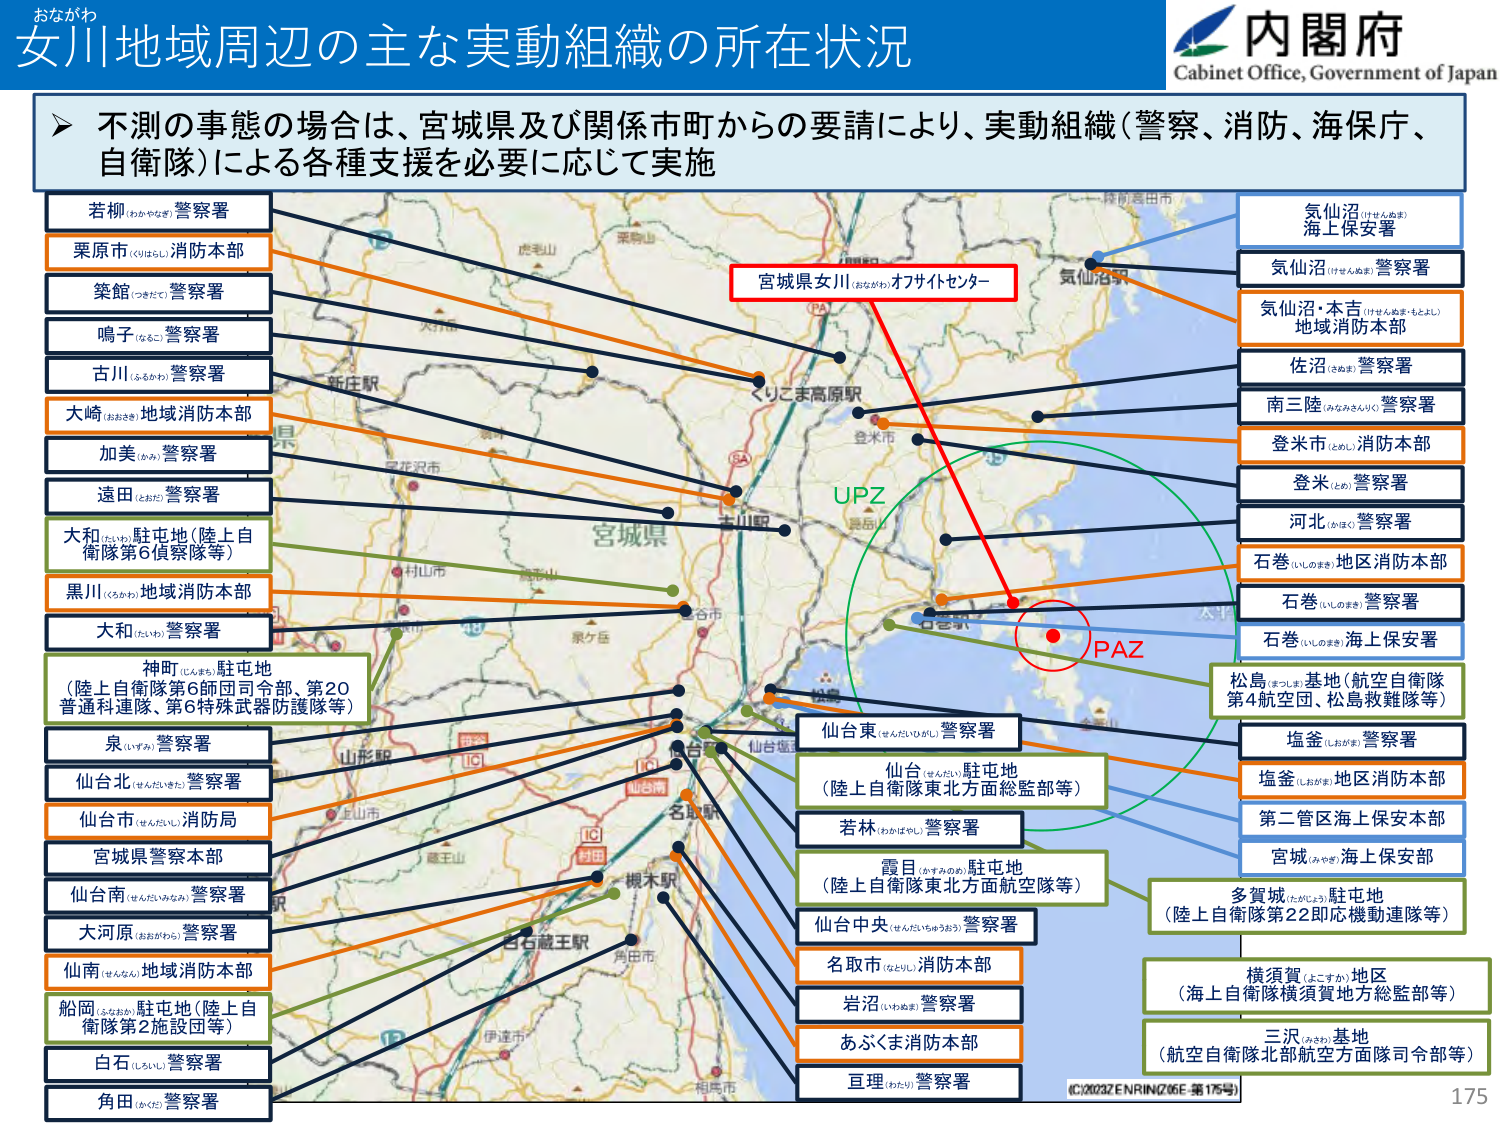
おながわ
女川地域周辺の主な実動組織の所在状況
内閣府
Cabinet Office, Government of Japan

不測の事態の場合は、宮城県及び関係市町からの要請により、実動組織（警察、消防、海保庁、自衛隊）による各種支援を必要に応じて実施

若柳（わかやなぎ）警察署
栗原市（くりはらし）消防本部
築館（つきだて）警察署
鳴子（なこ）警察署
古川（ふるかわ）警察署
大崎（おおさき）地域消防本部
加美（かみ）警察署
遠田（とおた）警察署
大和（たいわ）駐屯地（陸上自衛隊第6偵察隊等）
黒川（くろかわ）地域消防本部
大和（たいわ）警察署
神町（じんまち）駐屯地（陸上自衛隊第6師団司令部、第20普通科連隊、第6特殊武器防護隊等）
泉（いずみ）警察署
仙台北（せんだいきた）警察署
仙台市（せんだいし）消防局
宮城県警察本部
仙台南（せんだいみなみ）警察署
大河原（おおがわら）警察署
仙南（せんなん）地域消防本部
船岡（ふなおか）駐屯地（陸上自衛隊第2施設団等）
白石（しらいし）警察署
角田（かくた）警察署

宮城県女川（おながわ）オササイトセンター

気仙沼（けせんぬま）海上保安署
気仙沼（けせんぬま）警察署
気仙沼・本吉（けせんぬま・もとよし）地域消防本部
佐沼（さぬま）警察署
南三陸（みなみさんりく）警察署
登米市（とめし）消防本部
登米（とめ）警察署
河北（かほく）警察署
石巻（いしのまき）地区消防本部
石巻（いしのまき）警察署
石巻（いしのまき）海上保安署
松島（まつしま）基地（航空自衛隊第4航空団、松島救難隊等）
塩釜（しおがま）警察署
塩釜（しおがま）地区消防本部
第二管区海上保安本部
宮城（みやぎ）海上保安部
多賀城（たがじょう）駐屯地（陸上自衛隊第22即応機動連隊等）
横須賀（よこすか）地区（海上自衛隊横須賀地方総監部等）
三沢（みさわ）基地（航空自衛隊北部航空方面隊司令部等）

UPZ
PAZ

仙台東（せんだいひがし）警察署
仙台（せんだい）駐屯地（陸上自衛隊東北方面総監部等）
若林（わかばやし）警察署
霞目（かすみのめ）駐屯地（陸上自衛隊東北方航空隊等）
仙台中央（せんだいちゅうおう）警察署
名取市（なとりし）消防本部
岩沼（いわぬま）警察署
あぶくま消防本部
亘理（わたり）警察署

IC/2023ZENRIN/Z06F-第175号
175